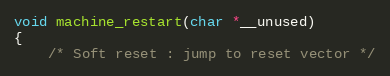
Language: C
void machine_restart(char *__unused)
{
	/* Soft reset : jump to reset vector */